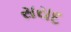
સયદ